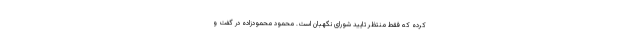
کرده که فقط منتظر تایید شورای نگهبان است. محمود محمودزاده در گفت و